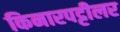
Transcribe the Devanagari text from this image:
किनारपट्टीलर